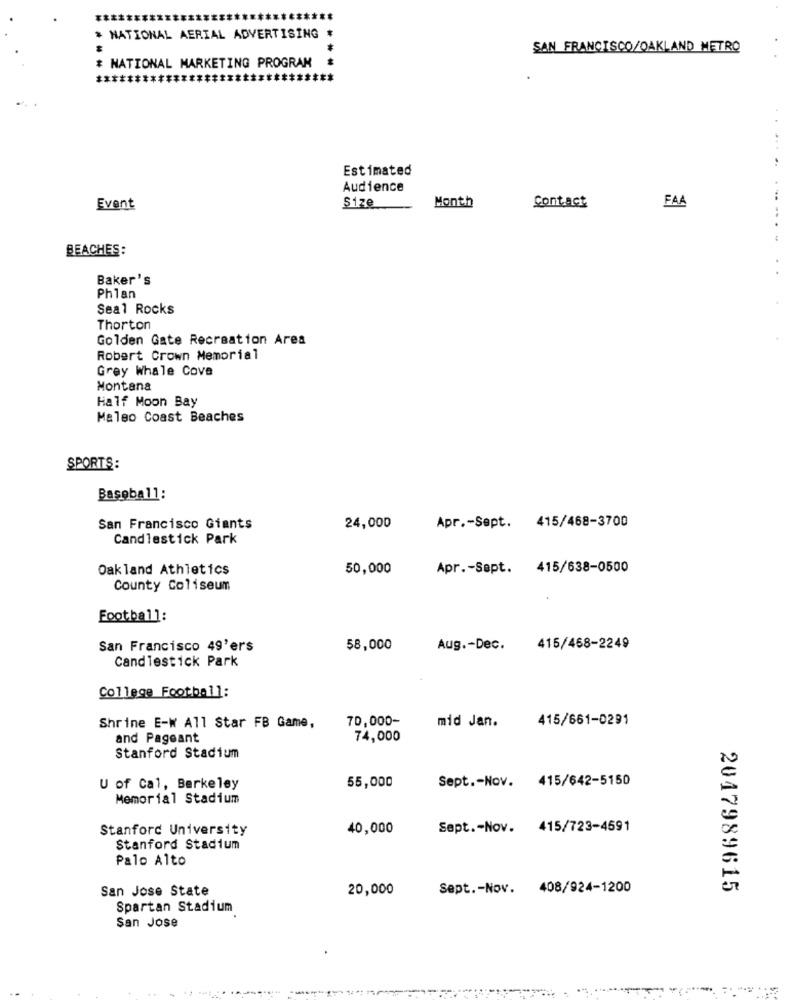
* NATIONAL AERIAL ADVERTISING
SAN FRANCISCO/OAKLAND METRO
# NATIONAL MARKETING PROGRAM *
*********
*****
Estimated
Audience
Month
Event
Size
Contact
FAA
BEACHES:
Baker's
Phlan
Seal Rocks
Thorton
Golden Gate Recreation Area
Robert Crown Memorial
Grey Whale Cove
Montana
Half Moon Bay
Maleo Coast Beaches
SPORTS:
Baseball:
Apr .- Sept. 415/468-3700
San Francisco Giants
24,000
Candlestick Park
Oakland Athletics
50,000
Apr .- Sept. 415/638-0500
County Coliseum
Football:
San Francisco 49'ers
58,000
Aug .- Dec.
415/468-2249
Candlestick Park
College Football:
70,000-
mid Jan.
415/661-0291
Shrine E-W All Star FB Game,
and Pageant
74,000
Stanford Stadium
Sept .- Nov. 415/642-5150
U of Cal, Berkeley
55,000
Memorial Stadium
Stanford University
40,000
Sept .- Nov. 415/723-4591
Stanford Stadium
Palo Alto
San Jose State
20,000
Sept .- Nov. 408/924-1200
2047989615
Spartan Stadium
San Jose